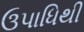
ઉપાધિથી